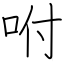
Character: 咐